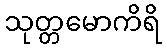
သုတ္တမောကိရိ